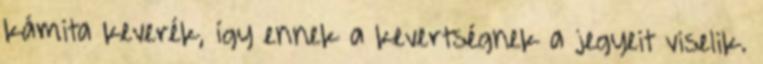
kámita keverék, így ennek a kevertségnek a jegyeit viselik.